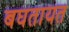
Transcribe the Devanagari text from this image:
बघतायत